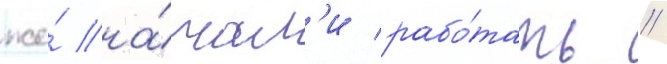
же́ на́чал'и рабо́тать //